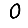
Digit: 0